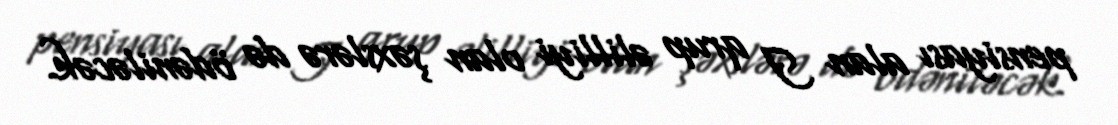
pensiyası alan I qrup əlilliyi olan şəxslərə də ödəniləcək.